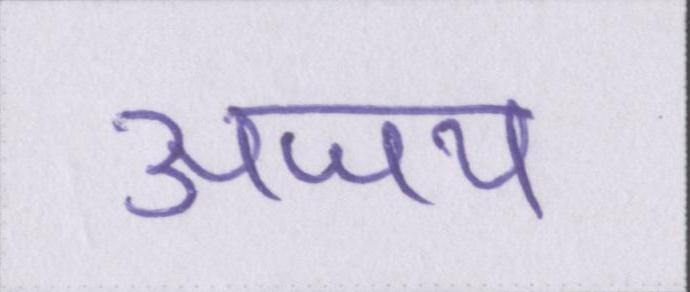
अजय